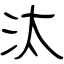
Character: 汰